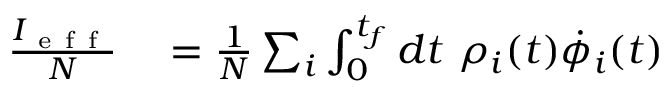
\begin{array} { r l } { \frac { I _ { \mathrm { ~ e ~ f ~ f ~ } } } { N } } & { { } = \frac { 1 } { N } \sum _ { i } \int _ { 0 } ^ { t _ { f } } d t \ \rho _ { i } ( t ) \dot { \phi } _ { i } ( t ) } \end{array}